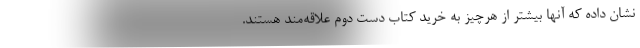
نشان داده که آنها بیشتر از هرچیز به خرید کتاب دست دوم علاقه‌مند هستند.